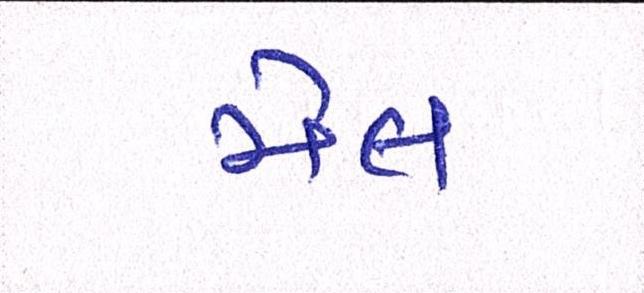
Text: મેલ